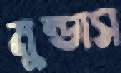
মুন্ডাস